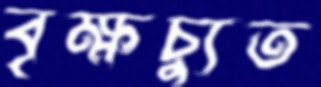
বৃক্ষচ্যুত